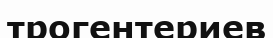
трогентериев